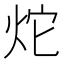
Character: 炨